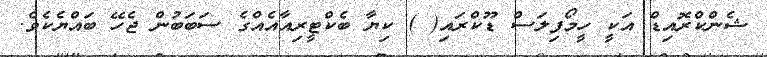
ޝެންކްރޮއިޑް އަކީ ހީމޯފިލަސް ޑޫކްރައި( ) ކިޔާ ބެކްޓީރިއާއެއްގެ ސަބަބުން ޖެހޭ ބައްޔެކެވެ.